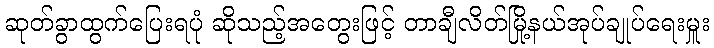
ဆုတ်ခွာထွက်ပြေးရပုံ ဆိုသည့်အတွေးဖြင့် တာချီလိတ်မြို့နယ်အုပ်ချုပ်ရေးမှူး